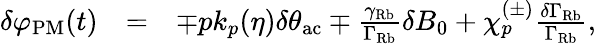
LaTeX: \begin{array}{rlr}{\delta\varphi_{\mathrm{PM}}(t)}&{=}&{\mp pk_{p}(\eta)\delta\theta_{\mathrm{ac}}\mp\frac{\gamma_{\mathrm{Rb}}}{\Gamma_{\mathrm{Rb}}}\delta B_{0}+\chi_{p}^{(\pm)}\frac{\delta\Gamma_{\mathrm{Rb}}}{\Gamma_{\mathrm{Rb}}},}\end{array}